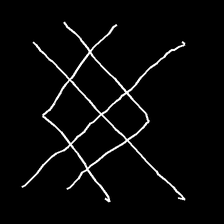
Glyph: crystal